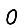
Digit: 0